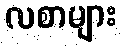
လစာများ